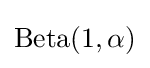
\operatorname {Beta} (1,\alpha )